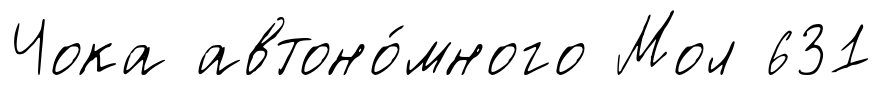
Чока автоно́много Мол 631